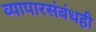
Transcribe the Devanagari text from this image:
व्यापारसंबंधही